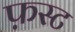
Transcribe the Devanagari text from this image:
फ़स्ट